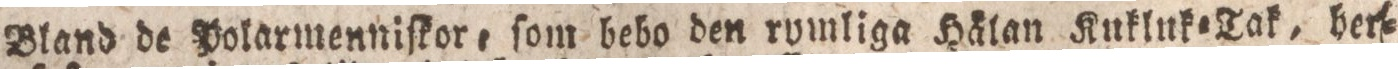
Bland de Polarmenniſkor, ſom bebo den rymliga Hälan Kukluk=Tak, her=